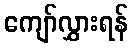
ကျော်လွှားရန်